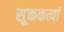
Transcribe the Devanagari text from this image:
सूक्तकर्त्या